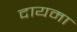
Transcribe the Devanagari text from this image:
दायमा